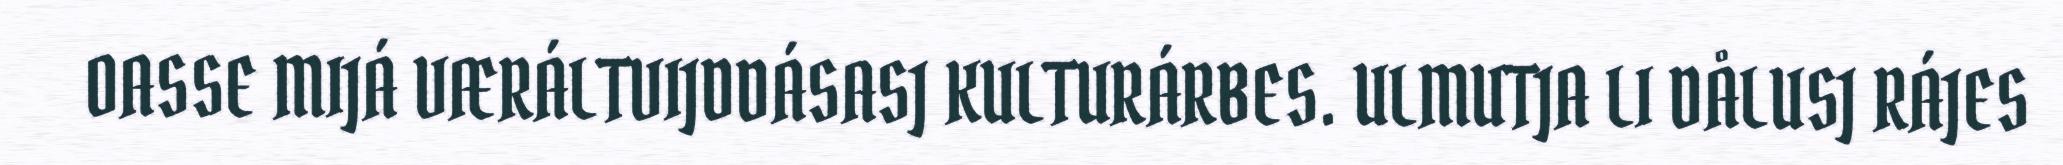
OASSE MIJÁ VÆRÁLTVIJDDÁSASJ KULTURÁRBES. ULMUTJA LI DÅLUSJ RÁJES